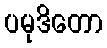
ပမုဒိတော